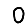
Digit: 0